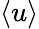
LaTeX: \left<u\right>